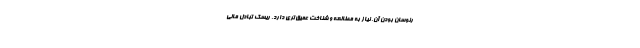
رنوسان بودن آن، نیاز به مطالعه و شناخت عمیق‌تری دارد. ریسک تبادل مالی